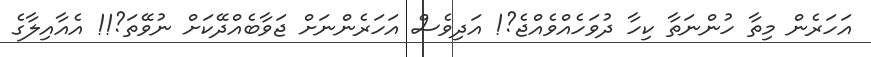
އަަހަރެން މިތާ ހުންނަތާ ކިހާ ދުވަހެއްވެއްޖެ?! އަދިވެސް އަހަރެންނަށް ޖަވާބެއްދޭކަށް ނުވޭތަ?!! އެއާއިލާގެ